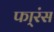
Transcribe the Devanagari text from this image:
फा्रंस